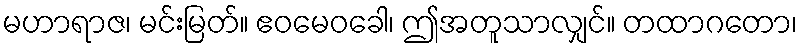
မဟာရာဇ၊ မင်းမြတ်။ ဧဝမေဝခေါ၊ ဤအတူသာလျှင်။ တထာဂတော၊